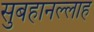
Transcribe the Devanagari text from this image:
सुबहानल्लाह